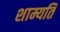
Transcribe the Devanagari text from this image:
शाम्यति